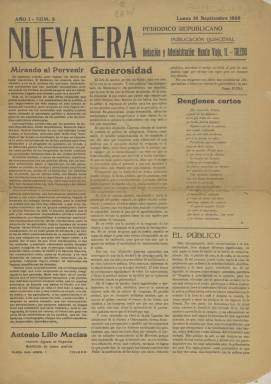
Título: Nueva era (Toledo)
Colección: Periódicos
Ámbito geográfico: Toledo
Lugar de publicación: Toledo
Fechas: 16/09/1935-14/02/1936

Periódico quincenal de partido editado en Toledo, era el portavoz del Partido Republicano Radical en la provincia. Comenzó su andadura en el verano de 1935, cuando Alejandro Lerroux, el líder histórico del partido en España, presidía el Gobierno de la nación.

   La publicación constaba de cuatro páginas e incluía anuncios que, junto con las cuotas de los afiliados al partido, ayudaba a financiar la edición de cada número. Aparte de los artículos políticos de fondo, el periódico incluía crónicas de la vida municipal de Toledo y dedicaba una especial atención al estado del rico patrimonio monumental y artístico de la ciudad.

   La BNE únicamente posee cuatro números de esta publicación, que tampoco tuvo una larga vida dado que su publicación quedó interrumpida en el verano de 1936 con el estallido de la Guerra Civil.

   La devoción por Lerroux queda explícitamente expuesta en el primero de los números que conserva la Biblioteca Nacional. En la portada del mismo podemos leer una columna titulada ‘Generosidad’ en la que se alude a las intenciones del líder republicano radical de amnistiar a los miles de encarcelados con motivo de la llamada Revolución de Octubre del año anterior.

  El periódico dice así: ‘Es que don Alejandro Lerroux, además de hombre de corazón es político de perspicacia. Conoce, como nadie, el carácter temperamental de los españoles y por ello sabe que conquista más adhesiones el que perdona que el que pone atisbos de venganza en el castigar’.

  El último de los números que posee la BNE lleva fecha de 14 de febrero de 1936, dos días antes de las elecciones que dieron el poder al Frente Popular de las izquierdas. La publicación, naturalmente, pide el voto para los candidatos del centrista Partido Radical, una formación republicana que aboga por la tranquilidad y el orden, alejado de la revolución, según sus propias palabras.

  Este número tiene una portada inusual y monotemática. Es un llamamiento hecho en letra mayor de lo normal y dirigido al ‘Ciudadano lector’. En la segunda página, y con el título ‘Nuestra posición’, puede leerse un artículo en el que tras señalar que el Radical es el partido histórico de la República, se afirma: ‘Tanto las izquierdas como las derechas han perdido el control de su cortesía y esgrimen el insulto y la estadística exagerada como armas de buena ley. La caballerosidad y la hidalguía españolas quedan en muy mal lugar. Nosotros no podemos participar de semejantes conductas electorales, porque ellas no responden ni corresponden a convicciones arraigadas sino a rencores manifiestos’.

[Descripción publicada el 17/08/2022]